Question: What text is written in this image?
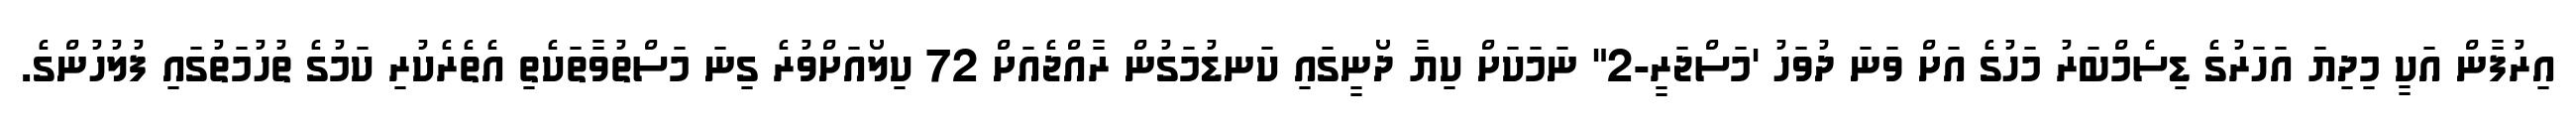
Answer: އިރުފާން އަކީ މިދިޔަ އަހަރުގެ ޑިސެމްބަރު މަހުގެ އަށް ވަނަ ދުވަހު 'މަސްޖަރީ-2" ނަމަކަށް ކިޔާ ދޯނީގައި ކަނޑުމަގުން ރާއްޖެއަށް 72 ކިލޯއަށްވުރެ ގިނަ މަސްތުވާތަކެތި އެތެރެކުރި ކަމުގެ ތުހުމަތުގައި ފުލުހުންގެ.